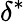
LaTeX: \delta^{\ast}